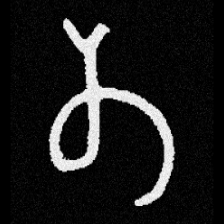
Pyu character \u2014 Myanmar letter: တ (romanized: ta)